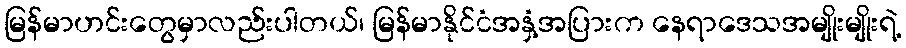
မြန်မာဟင်းတွေမှာလည်းပါတယ်၊ မြန်မာနိုင်ငံအနှံ့အပြားက နေရာဒေသအမျိုးမျိုးရဲ့